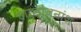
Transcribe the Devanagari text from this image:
हाइड्रोजनांश